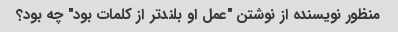
منظور نویسنده از نوشتن "عمل او بلندتر از کلمات بود" چه بود؟